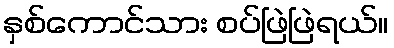
နှစ်ကောင်သား စပ်ဖြဲဖြဲရယ်။